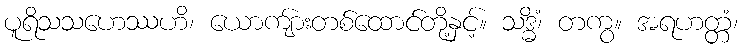
ပူရိသသဟေဿဟိ၊ ယောကျ်ားတစ်ထောင်တို့နှင့်။ သဒ္ဓိံ၊ တကွ။ အရဟတ္တံ၊